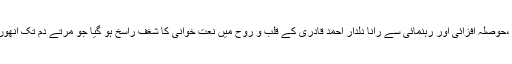
پیر علی محمد شاہ کی چٹک ،حوصلہ افزائی اور رہنمائی سے رانا دلدار احمد قادری کے قلب و روح میں نعت خوانی کا شغف راسخ ہو گیا جو مرتے دم تک انھوں نے حرز جان بنائے رکھا۔